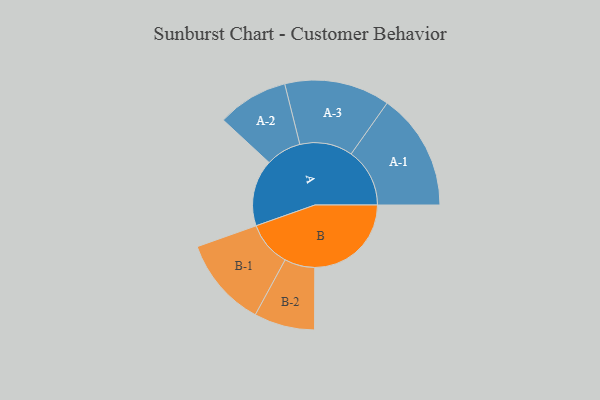
{"axis": {"x": "Segment", "y": "Value"}, "legend": ["", "A", "B"], "data": [{"x": "A", "y": 323, "type": ""}, {"x": "B", "y": 468, "type": ""}, {"x": "A-1", "y": 284, "type": "A"}, {"x": "A-2", "y": 172, "type": "A"}, {"x": "A-3", "y": 256, "type": "A"}, {"x": "B-1", "y": 218, "type": "B"}, {"x": "B-2", "y": 147, "type": "B"}]}